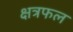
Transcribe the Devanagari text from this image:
क्षत्रफल